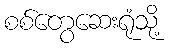
စစ်တွေဆေးရုံသို့